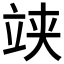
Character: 𥩺